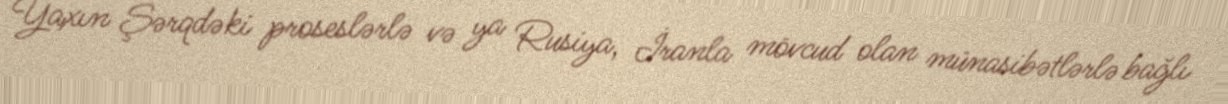
Yaxın Şərqdəki proseslərlə və ya Rusiya, İranla mövcud olan münasibətlərlə bağlı